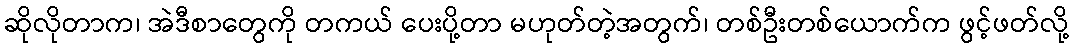
ဆိုလိုတာက၊ အဲဒီစာတွေကို တကယ် ပေးပို့တာ မဟုတ်တဲ့အတွက်၊ တစ်ဦးတစ်ယောက်က ဖွင့်ဖတ်လို့